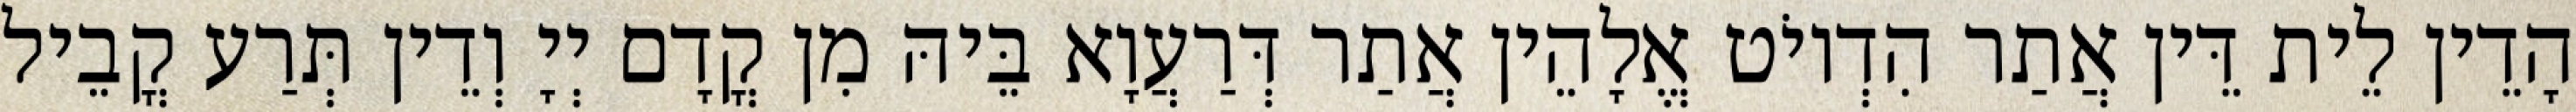
הָדֵין לֵית דֵּין אֲתַר הִדְיוֹט אֱלָהֵין אֲתַר דְּרַעֲוָא בֵּיהּ מִן קֳדָם יְיָ וְדֵין תְּרַע קֳבֵיל